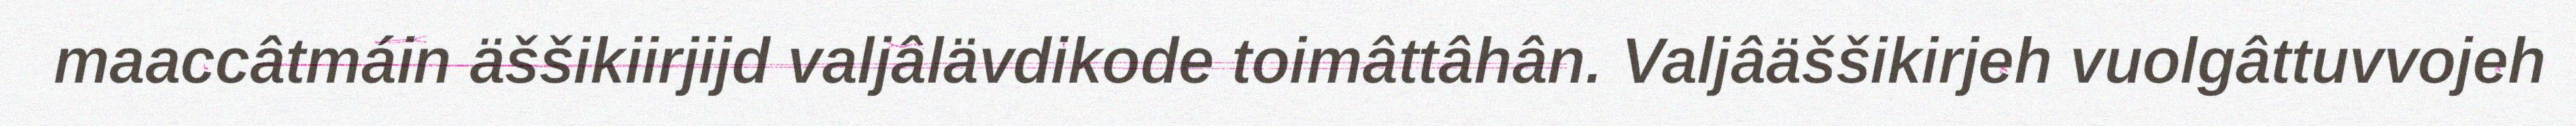
maaccâtmáin äššikiirjijd valjâlävdikode toimâttâhân. Valjâäššikirjeh vuolgâttuvvojeh